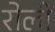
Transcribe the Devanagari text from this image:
रोलीं